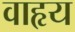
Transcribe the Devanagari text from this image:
वाहृय